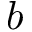
b